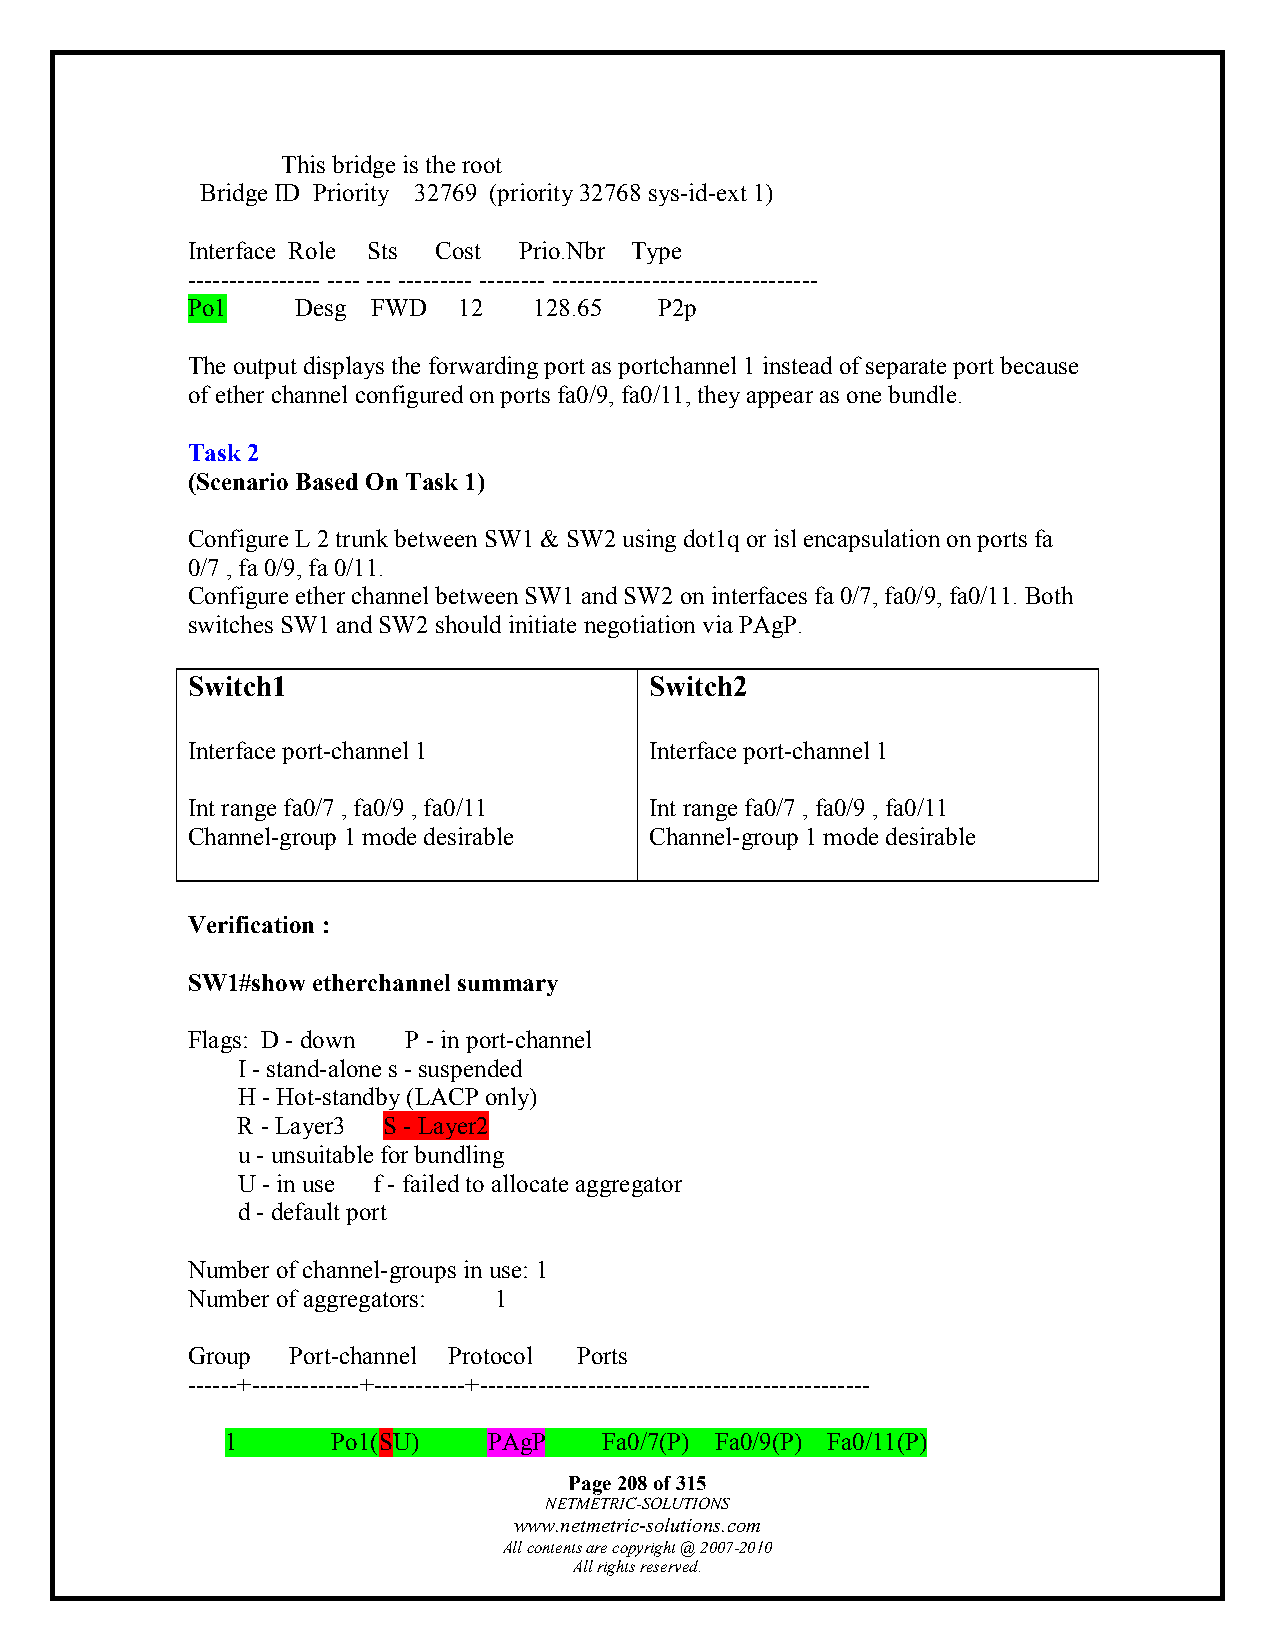
This bridge is the root
 Bridge ID Priority 32769 (priority 32768 sys-id-ext 1)
 Interface Role Sts Cost Prio.Nbr Type
 ---------------- ---- --- --------- -------- --------------------------------
 Po1     Desg FWD  12   128.65   P2p
 The output displays the forwarding port as portchannel 1 instead of separate port because
 of ether channel configured on ports fa0/9, fa0/11, they appear as one bundle.
 Task 2
 (Scenario Based On Task 1)
 Configure L 2 trunk between SW1 & SW2 using dot1q or isl encapsulation on ports fa
 0/7 , fa 0/9, fa 0/11.
 Configure ether channel between SW1 and SW2 on interfaces fa 0/7, fa0/9, fa0/11. Both
 switches SW1 and SW2 should initiate negotiation via PAgP.
 Switch1                        Switch2
 Interface port-channel 1       Interface port-channel 1
 Int range fa0/7 , fa0/9 , fa0/11 Int range fa0/7 , fa0/9 , fa0/11
 Channel-group 1 mode desirable Channel-group 1 mode desirable
 Verification :
 SW1#show etherchannel summary
 Flags: D - down P - in port-channel
 I - stand-alone s - suspended
 H - Hot-standby (LACP only)
 R - Layer3 S - Layer2
 u - unsuitable for bundling
 U - in use f - failed to allocate aggregator
 d - default port
 Number of channel-groups in use: 1
 Number of aggregators: 1
 Group  Port-channel Protocol Ports
 ------+-------------+-----------+-----------------------------------------------
 1      Po1(SU)   PAgP    Fa0/7(P) Fa0/9(P) Fa0/11(P)
 Page 208 of 315
 NETMETRIC-SOLUTIONS
 www.netmetric-solutions.com
 All contents are copyright @ 2007-2010
 All rights reserved.